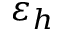
\varepsilon _ { h }